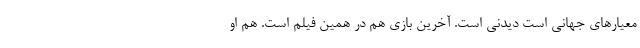
معیارهای جهانی است دیدنی است. آخرین بازی هم در همین فیلم است. هم او